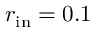
r _ { \mathrm { i n } } = 0 . 1